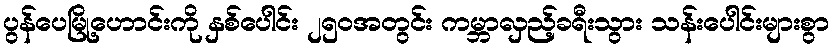
ပွန်ပေမြို့ဟောင်းကို နှစ်ပေါင်း ၂၅၀အတွင်း ကမ္ဘာလှည့်ခရီးသွား သန်းပေါင်းများစွာ